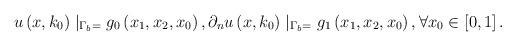
LaTeX: \begin{align*}u\left( x,k_{0}\right) \mid _{\Gamma _{b}=}g_{0}\left(x_{1},x_{2},x_{0}\right) ,\partial _{n}u\left( x,k_{0}\right) \mid _{\Gamma_{b}=}g_{1}\left( x_{1},x_{2},x_{0}\right) ,\forall x_{0}\in \left[ 0,1\right] . \end{align*}